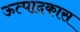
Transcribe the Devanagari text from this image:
ऊत्पादकास